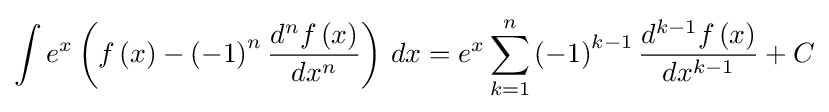
\int {e^{x}\left(f\left(x\right)-\left(-1\right)^{n}{\frac {d^{n}f\left(x\right)}{dx^{n}}}\right)\,dx}=e^{x}\sum _{k=1}^{n}{\left(-1\right)^{k-1}{\frac {d^{k-1}f\left(x\right)}{dx^{k-1}}}}+C